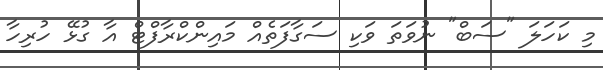
މި ކަހަލަ "ސަބް" ނުވަތަ ވަކި ސަގާފަތެއް މައިންކްރާފްޓް އާ ގުޅޭ ހުރިހާ